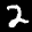
Label: 2